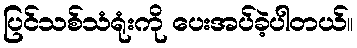
ပြင်သစ်သံရုံးကို ပေးအပ်ခဲ့ပါတယ်။